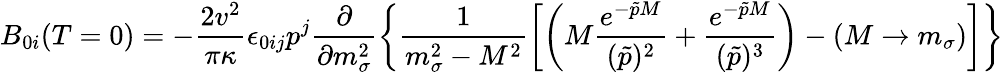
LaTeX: B_{0i}(T=0)=-\frac{2v^{2}}{\pi\kappa}\epsilon_{0ij}p^{j}\frac{\partial}{\partial m_{\sigma}^{2}}\left\{ \frac{1}{m_{\sigma}^{2}-M^{2}}\left[\left(M\frac{e^{-\tilde{p}M}}{(\tilde{p})^{2}}+\frac{e^{-\tilde{p}M}}{(\tilde{p})^{3}}\right)-(M\rightarrow m_{\sigma})\right]\right\}